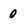
Character: 0